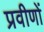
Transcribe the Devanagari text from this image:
प्रवीणों